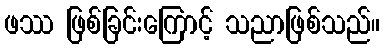
ဖဿ ဖြစ်ခြင်းကြောင့် သညာဖြစ်သည်။